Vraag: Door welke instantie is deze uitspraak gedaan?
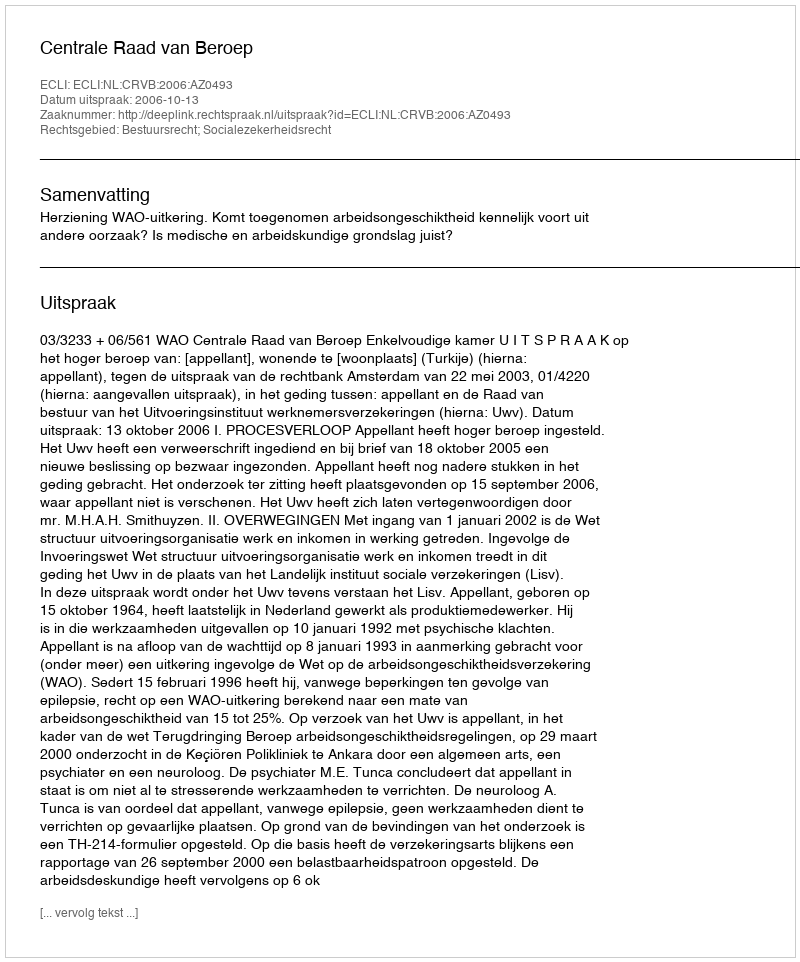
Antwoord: Centrale Raad van Beroep